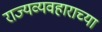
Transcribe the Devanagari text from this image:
राज्यव्यवहाराच्या